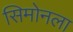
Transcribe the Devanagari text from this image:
सिमोनला